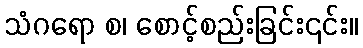
သံဂရော စ၊ စောင့်စည်းခြင်း၎င်း။